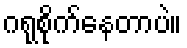
ဂရုစိုက်နေတာပဲ။